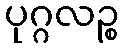
ပုဂ္ဂလဉ္စ